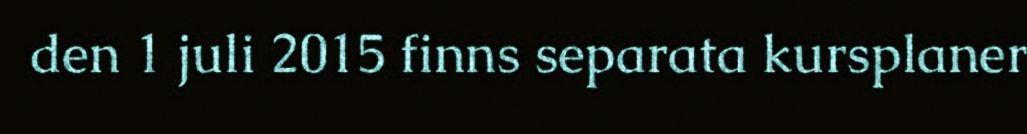
den 1 juli 2015 finns separata kursplaner